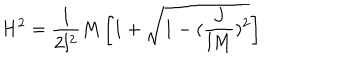
H ^ { 2 } = \frac { 1 } { 2 l ^ { 2 } } M \left[ 1 + \sqrt { 1 - ( \frac { J } { l M } ) ^ { 2 } } \right] \nonumber